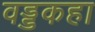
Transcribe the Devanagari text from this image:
वड्डकहा